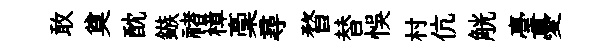
敢奠酖鏃禇樟稾尋瞀替悞村伉觥臺憂